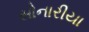
સોનારીયા